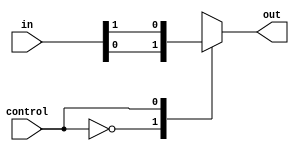
module mux_case(input wire [1:0] in, input control, output reg out);

  always @ ( * ) begin
    case(control)
      1'b0:
        out = in[0];
      1'b1:
        out = in[1];
    endcase
  end
  endmodule